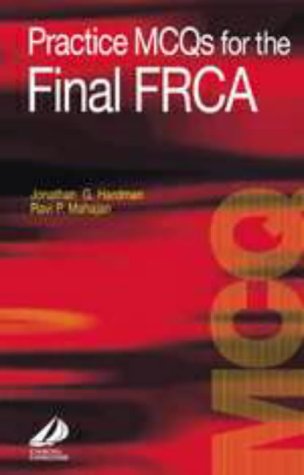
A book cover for Practice MCQ's for the Final FRCA, 1e (FRCA Study Guides); Jonathan Hardman; Medical Books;